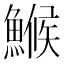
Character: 𩺟